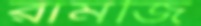
রামজি